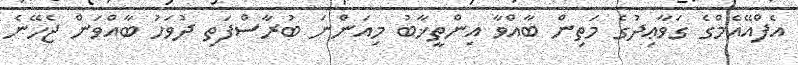
އެފްއޭއެމްގެ ގަވާޢިދުގެ މަތިން ބާއްވާ އިންތީޚާބު މިއަންނަ ބުރާސްފަތި ދުވަހު ބާއްވަން ޖެހޭނެ